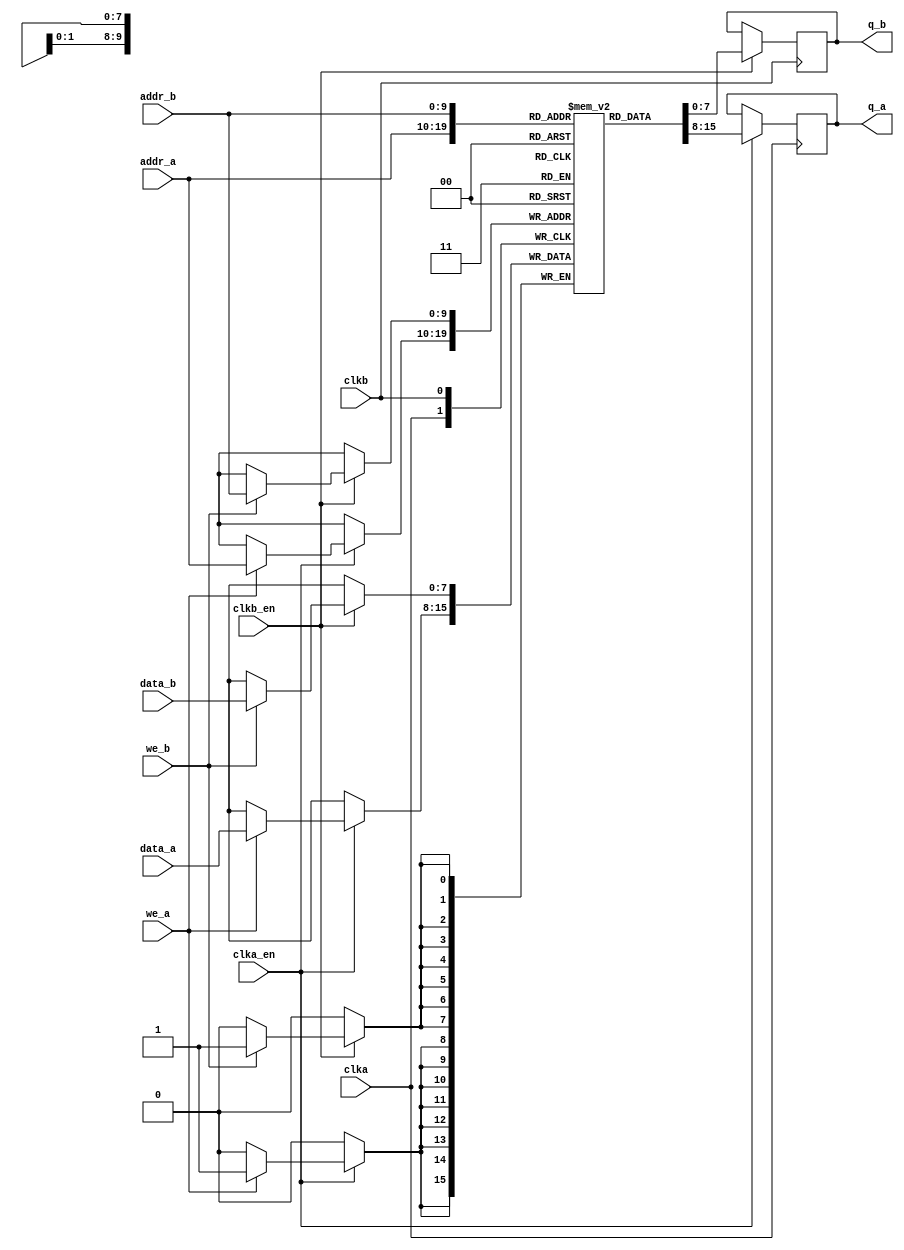
/*
  
   Multicore 2 / Multicore 2+
  
   Copyright (c) 2017-2020 - Victor Trucco

  
   All rights reserved
  
   Redistribution and use in source and synthezised forms, with or without
   modification, are permitted provided that the following conditions are met:
  
   Redistributions of source code must retain the above copyright notice,
   this list of conditions and the following disclaimer.
  
   Redistributions in synthesized form must reproduce the above copyright
   notice, this list of conditions and the following disclaimer in the
   documentation and/or other materials provided with the distribution.
  
   Neither the name of the author nor the names of other contributors may
   be used to endorse or promote products derived from this software without
   specific prior written permission.
  
   THIS CODE IS PROVIDED BY THE COPYRIGHT HOLDERS AND CONTRIBUTORS "AS IS"
   AND ANY EXPRESS OR IMPLIED WARRANTIES, INCLUDING, BUT NOT LIMITED TO,
   THE IMPLIED WARRANTIES OF MERCHANTABILITY AND FITNESS FOR A PARTICULAR
   PURPOSE ARE DISCLAIMED. IN NO EVENT SHALL THE AUTHOR OR CONTRIBUTORS BE
   LIABLE FOR ANY DIRECT, INDIRECT, INCIDENTAL, SPECIAL, EXEMPLARY, OR
   CONSEQUENTIAL DAMAGES (INCLUDING, BUT NOT LIMITED TO, PROCUREMENT OF
   SUBSTITUTE GOODS OR SERVICES; LOSS OF USE, DATA, OR PROFITS; OR BUSINESS
   INTERRUPTION) HOWEVER CAUSED AND ON ANY THEORY OF LIABILITY, WHETHER IN
   CONTRACT, STRICT LIABILITY, OR TORT (INCLUDING NEGLIGENCE OR OTHERWISE)
   ARISING IN ANY WAY OUT OF THE USE OF THIS SOFTWARE, EVEN IF ADVISED OF THE
   POSSIBILITY OF SUCH DAMAGE.
  
   You are responsible for any legal issues arising from your use of this code.
  
*//*  This file is part of JT_GNG.
    JT_GNG program is free software: you can redistribute it and/or modify
    it under the terms of the GNU General Public License as published by
    the Free Software Foundation, either version 3 of the License, or
    (at your option) any later version.

    JT_GNG program is distributed in the hope that it will be useful,
    but WITHOUT ANY WARRANTY; without even the implied warranty of
    MERCHANTABILITY or FITNESS FOR A PARTICULAR PURPOSE.  See the
    GNU General Public License for more details.

    You should have received a copy of the GNU General Public License
    along with JT_GNG.  If not, see <http://www.gnu.org/licenses/>.

    Author: Jose Tejada Gomez. Twitter: @topapate
    Version: 1.0
    Date: 23-12-2018 */

module jtframe_dual_clk_ram #(parameter dw=8, aw=10)(
    input   clka,
    input   clka_en,
    input   clkb,
    input   clkb_en,
    input   [dw-1:0] data_a,
    input   [dw-1:0] data_b,
    input   [aw-1:0] addr_a,
    input   [aw-1:0] addr_b,
    input   we_a,
    input   we_b,
    output reg [dw-1:0] q_a,
    output reg [dw-1:0] q_b
);

reg [dw-1:0] mem[0:(2**aw)-1];

`ifdef SIMULATION
initial begin : clr_mem
    integer cnt;
    for( cnt=0; cnt<(2**aw); cnt=cnt+1 ) mem[cnt]=0;
end
`endif

always @(posedge clka) if(clka_en) begin
    q_a <= mem[addr_a];
    if(we_a) mem[addr_a] <= data_a;
end

always @(posedge clkb) if(clkb_en) begin
    q_b <= mem[addr_b];
    if(we_b) mem[addr_b] <= data_b;
end

endmodule // jtframe_ram